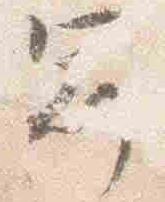
冠